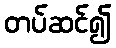
တပ်ဆင်၍